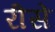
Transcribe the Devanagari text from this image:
रीसे